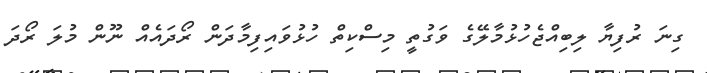
ގިނަ ރުފިޔާ ލިބިއްޖެހުޅުމާލޭގެ ވަގުތީ މިސްކިތް ހުޅުވައިފިމާދަން ރޯދައެއް ނޫން މުލަ ރޯދަ